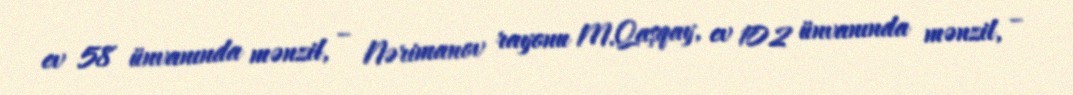
ev 58 ünvanında mənzil, – Nərimanov rayonu M.Qaşqay, ev 102 ünvanında mənzil, –